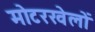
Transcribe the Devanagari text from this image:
मोटरखेलों